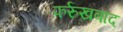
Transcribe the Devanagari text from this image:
फर्रुखबाद